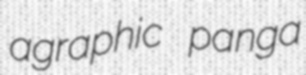
agraphic panga